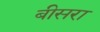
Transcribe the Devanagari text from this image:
बीसरा